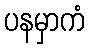
ပနမှာကံ